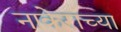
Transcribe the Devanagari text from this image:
नाकेराच्या